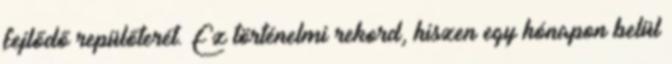
fejlődő repülőterét. Ez történelmi rekord, hiszen egy hónapon belül